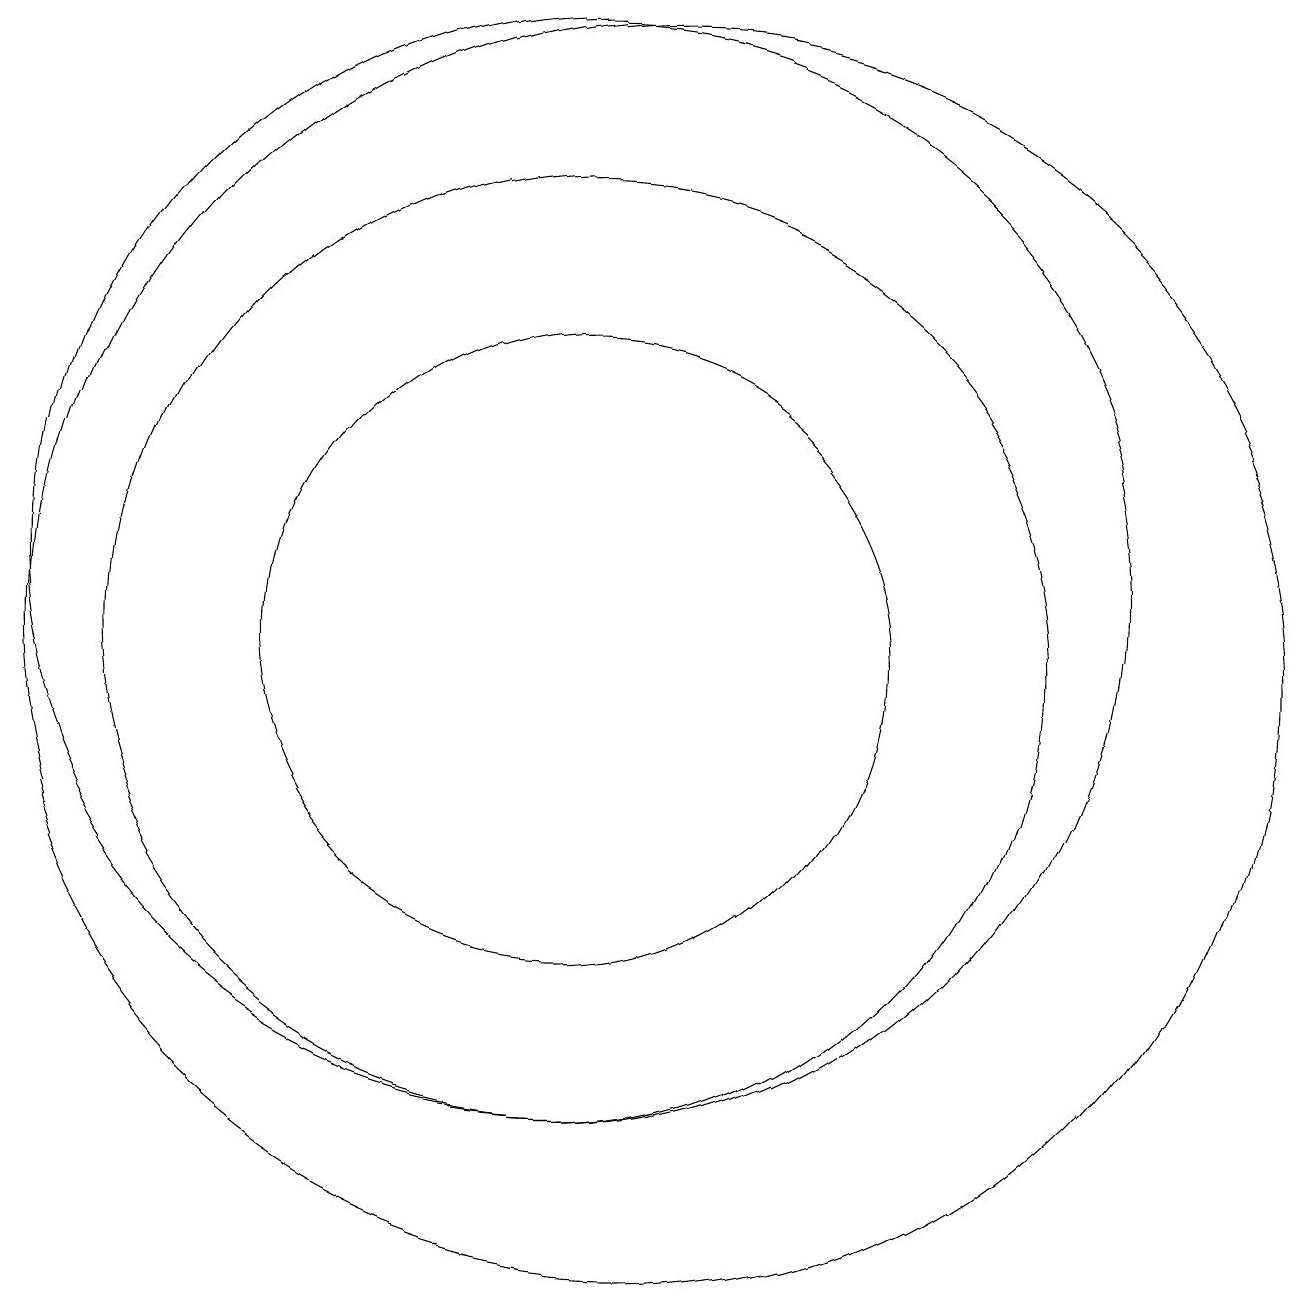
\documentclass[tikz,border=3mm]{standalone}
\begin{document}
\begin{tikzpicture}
\draw (11,10) circle (8);
\draw (10,11) circle (7);
\draw (10,10) circle (6);
\draw (10,10) circle (4);
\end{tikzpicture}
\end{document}